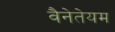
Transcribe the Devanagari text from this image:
वैनेतेयम